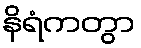
နိရံကတွာ